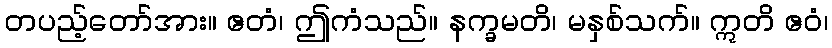
တပည့်တော်အား။ ဧတံ၊ ဤကံသည်။ နက္ခမတိ၊ မနှစ်သက်။ ဣတိ ဧဝံ၊